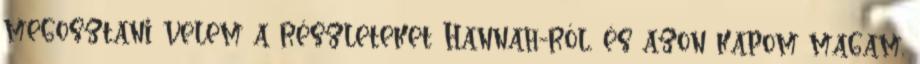
megosztani velem a részleteket Hannah-ról, és azon kapom magam,